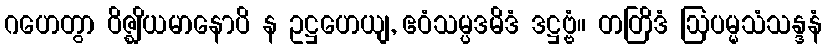
ဂဟေတွာ ဝိဇ္ဈိယမာနောပိ န ဥဋ္ဌဟေယျ, ဧဝံသမ္ပဒမိဒံ ဒဋ္ဌဗ္ဗံ။ တတြိဒံ ဩပမ္မသံသန္ဒနံ